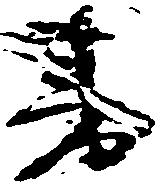
書